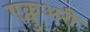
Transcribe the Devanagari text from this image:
एक्चुअरी